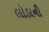
લોડાની